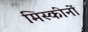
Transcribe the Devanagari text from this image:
मिस्कीनों